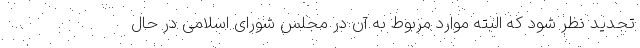
تجدید نظر شود که البته موارد مربوط به آن در مجلس شورای اسلامی در حال